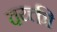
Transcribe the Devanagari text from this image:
वय्क्ती